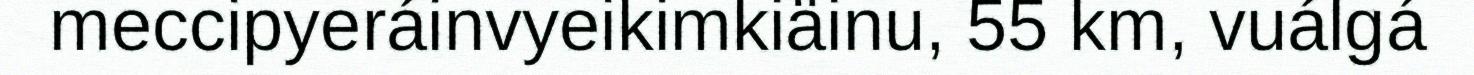
meccipyeráinvyeikimkiäinu, 55 km, vuálgá